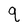
Character: q